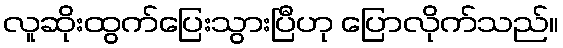
လူဆိုးထွက်ပြေးသွားပြီဟု ပြောလိုက်သည်။